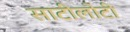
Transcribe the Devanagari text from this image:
साटीलोटी